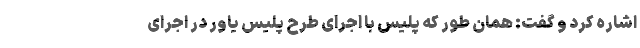
اشاره کرد و گفت: همان طور که پلیس با اجرای طرح پلیس یاور در اجرای